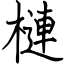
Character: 槤